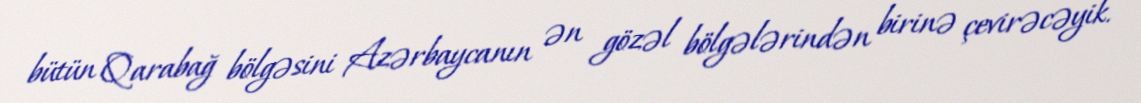
bütün Qarabağ bölgəsini Azərbaycanın ən gözəl bölgələrindən birinə çevirəcəyik.